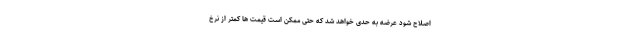
اصلاح شود عرضه به حدی خواهد شد که حتی ممکن است قیمت ها کمتر از نرخ